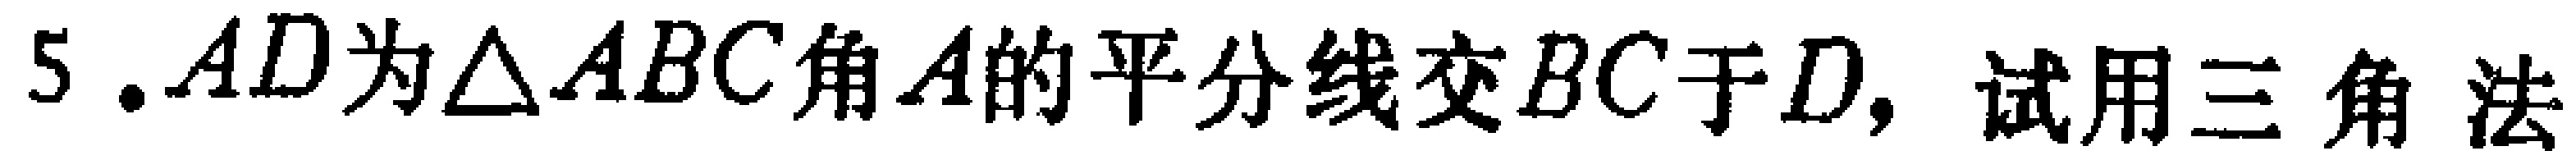
5. $AD$为$\triangle ABC$角$A$的平分线交$BC$于$D$，试用三角法